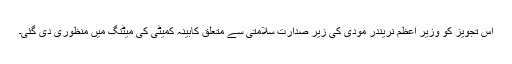
اس تجویز کو وزیر اعظم نریندر مودی کی زیر صدارت سلامتی سے متعلق کابینہ کمیٹی کی میٹنگ میں منظوری دی گئی۔